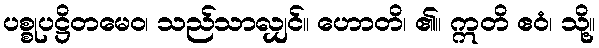
ပစ္စုပဋ္ဌိတမေဝ၊ သည်သာလျှင်။ ဟောတိ၊ ၏။ ဣတိ ဧဝံ၊ သို့။